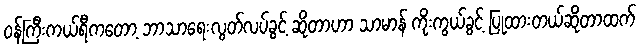
ဝန်ကြီးကယ်ရီကတော့ ဘာသာရေးလွတ်လပ်ခွင့် ဆိုတာဟာ သာမာန် ကိုးကွယ်ခွင့် ပြုထားတယ်ဆိုတာထက်